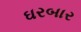
ઘરબાર